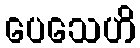
ပေသေဟိ